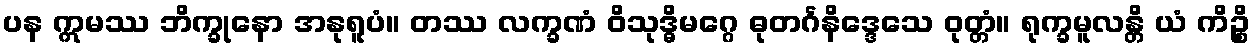
ပန ဣမဿ ဘိက္ခုနော အနုရူပံ။ တဿ လက္ခဏံ ဝိသုဒ္ဓိမဂ္ဂေ ဓုတင်္ဂနိဒ္ဒေသေ ဝုတ္တံ။ ရုက္ခမူလန္တိ ယံ ကိဉ္စိ